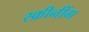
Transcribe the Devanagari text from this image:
स्क्रीनींग